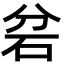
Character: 𮀎